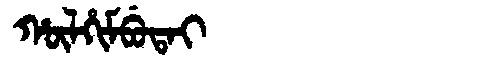
Manchu: ᡥᡡᠯᡥᡳᠮᠪᡠᡨᠠᡳ
Romanization: HŪLHIMBUTAI